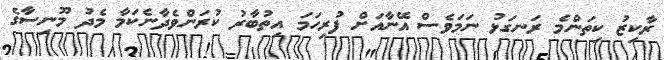
ރާކިޒު ކިތަންމެ ރަނގަޅު ނަމަވެސް އޭނާއަށް ފުރިހަމަ އިތުބާރު ކުރަންވެދާނެކަމާ މެދު މޫނިސާގެ